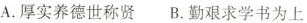
A.厚实养德世称贤 B.勤艰求学书为上